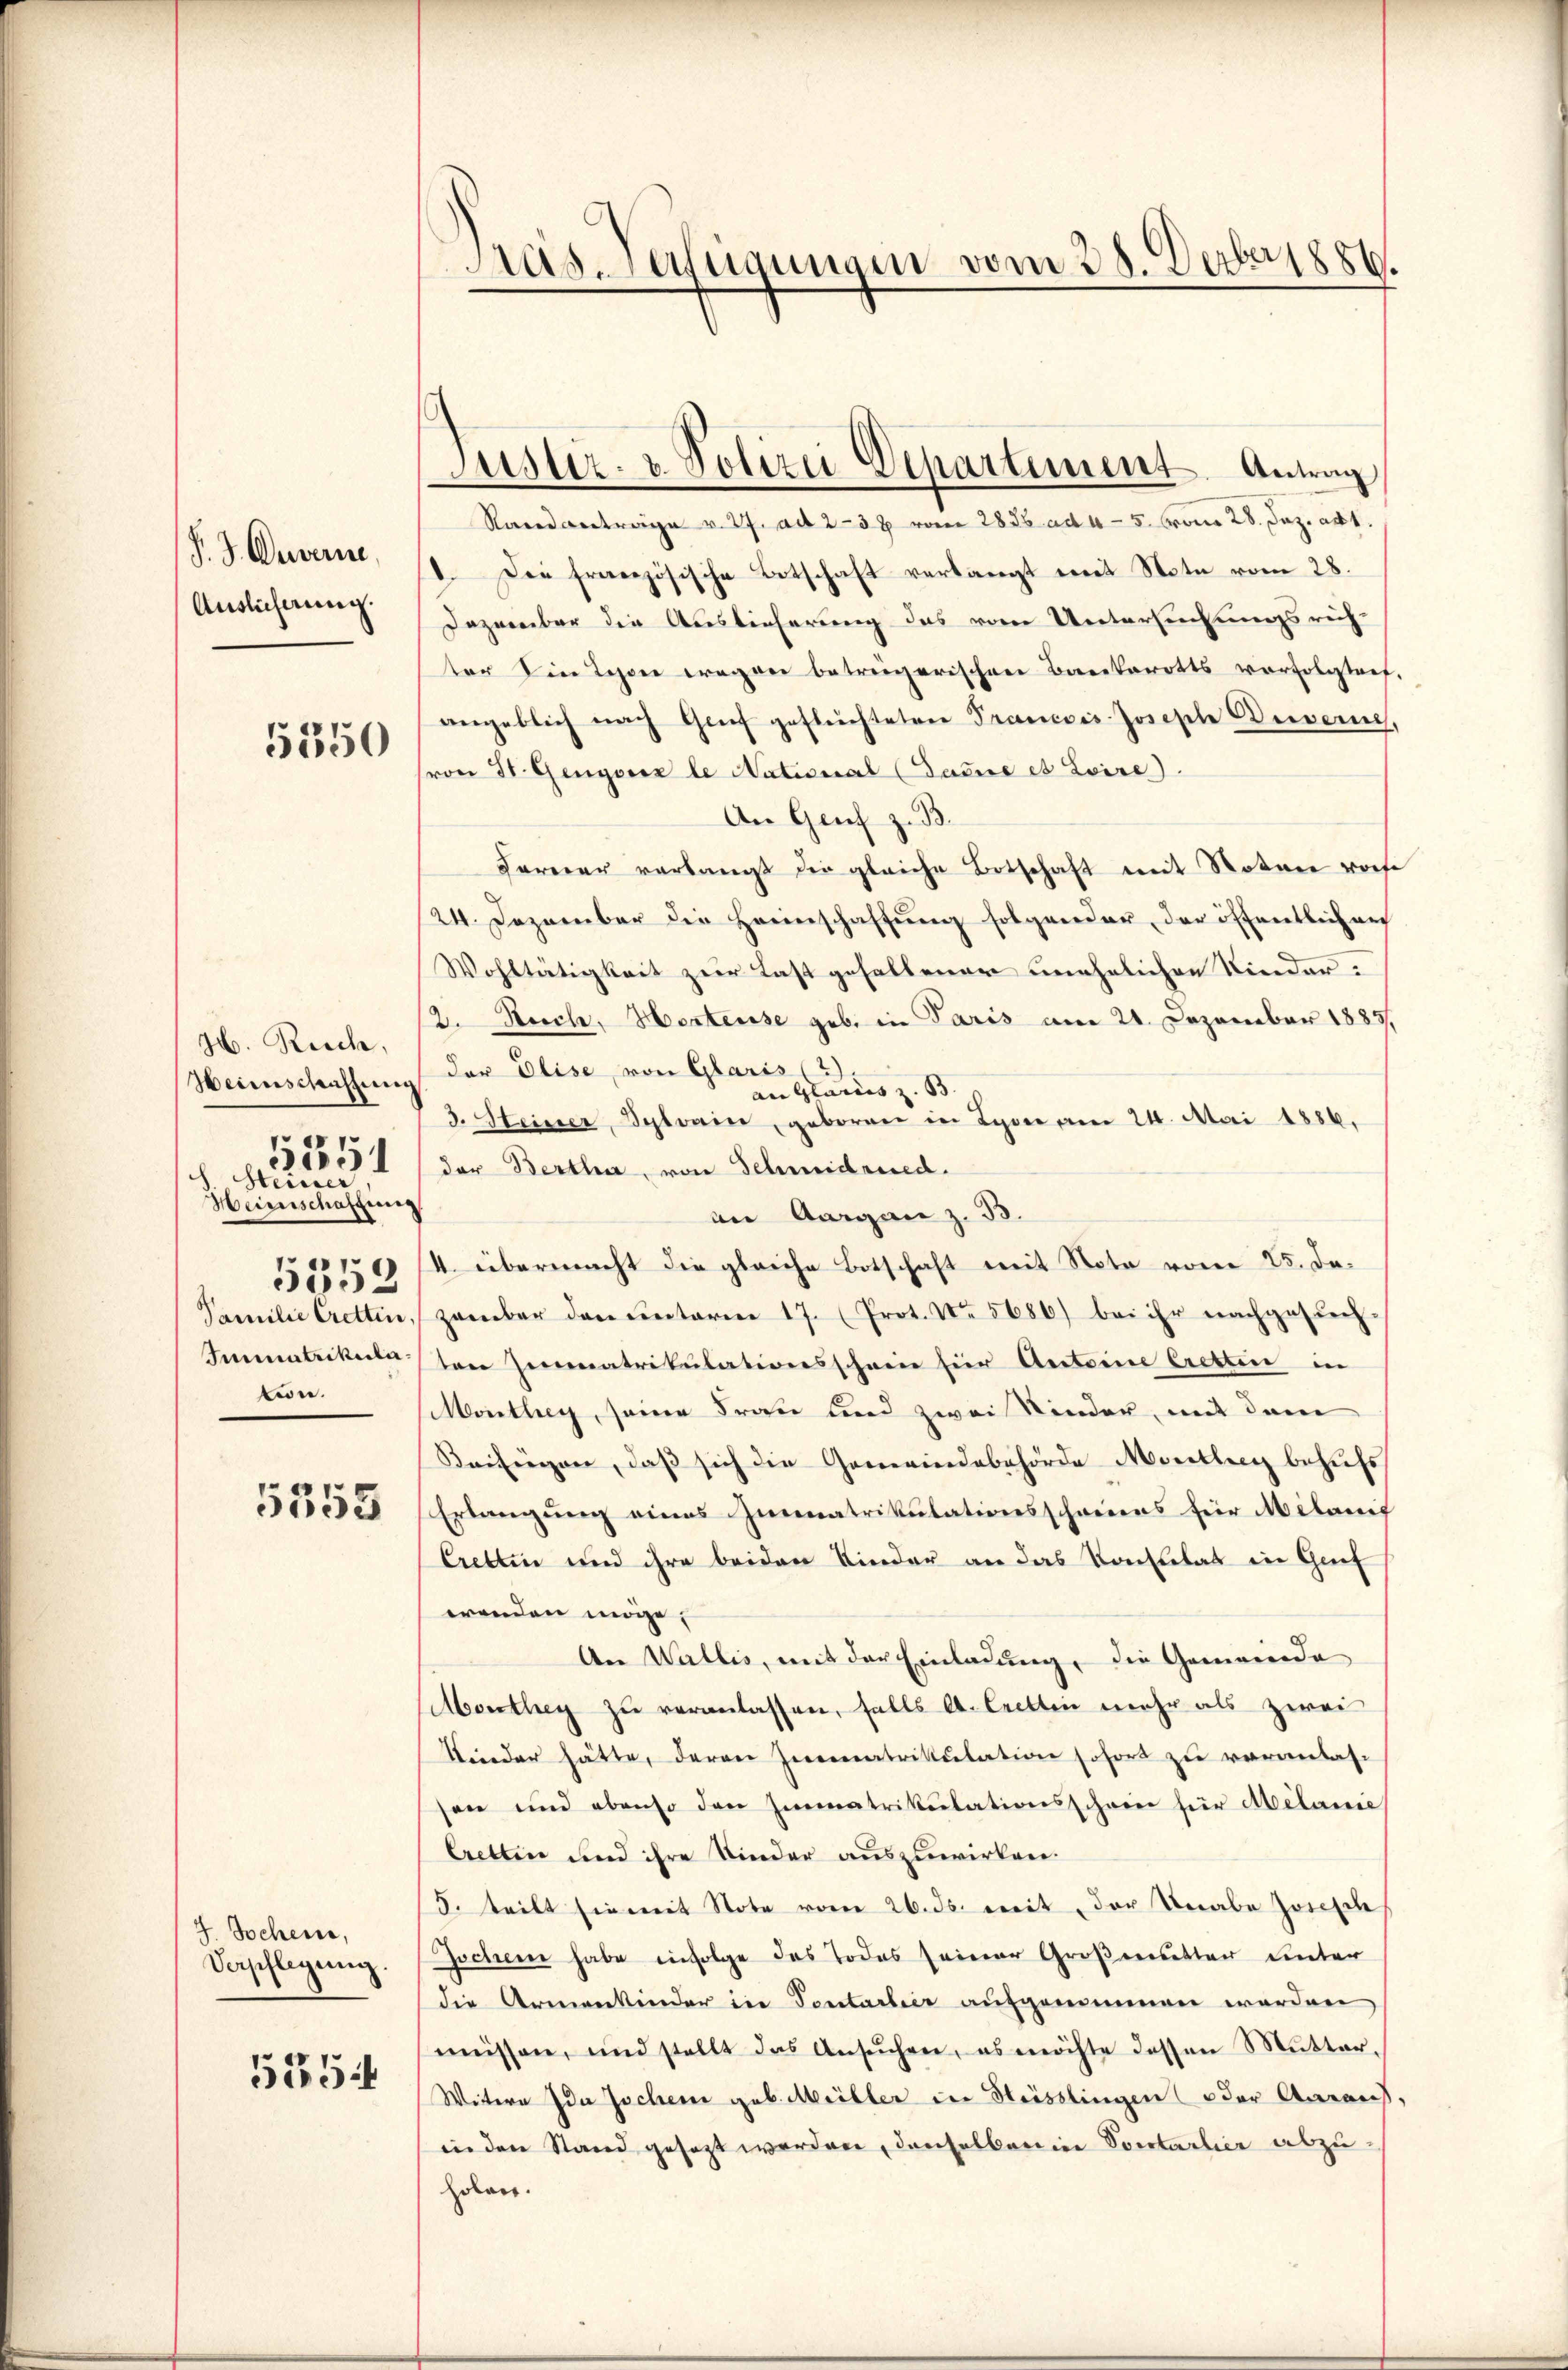
P. J. Ouverne
Auslicherung.

5350

H. Reich,
Heimschaftung
h. Steiner
Heimschaffung
5352
Familie Cretten,
Immatrikula
tion.

1
)1

5355

J. Jochen,
Verpflegŭng.

525

Präs. Verfügungen vom 28. Derber 1886.

Justiz- & Polizei Departement. Antrag

Randantrage v. 27. ad 2-38 vom 2836. ad 4 - 5. vom 28. Dez. ad 1.
1. Die französische Botschaft verlangt mit Note vom 28.
Dezember die Auslieferung das vom Untersuchungsrech-
ter die Lehen wegen betrengarischen Bankerotts vorfolgteef.
angeblich nach Genf geflüchteten Francois Joseph Ouverne,
sron St. Gengerer le National (Tanne et Loire).
An Genf z. B.
Farerer verlangt die gleiche Botschaft mit Notare vorhe
24. Dezember die Heimschaffung folgender, der öffentlich auch
Wohltätigkeit zur Last gehaltener unehelichen Kinder:
2. Reich, Herteise geb. in Paris am 21. Dezember 1885.
der Elise, von Glaris (2)
an Glarus z. B.
3. Steiner, Betrain, geboren in Lyon am 24. Mai 1886.
der Bertha, von Schmidrued.
an Aargau z. B.
4. übermacht die gleiche Botschaft mit Note vom 25. Jazember den unterm 17. (Prot. No. 5686) bei ihr nachgesuch-
ten Immatrikulationsschein hier Antoine Eretten in
Monthey, seine Frau und zwei Kinder, mit dem
Beifügen, daß sich die Generindebehörde Monthey behufs
Erlangung eines Immatrikulationsschreiens für Milanit
Crettin und ihre beiden Kinder an das Konsulat in Genf
wenden möge,
An Wallis, mit der Einladung, die Gemeinde
Monthey zu veranlassen, falls A. Crettin mehr als zwei
Kinder hätte, deren Immatrikulation sofort zu veranlas-
sen und ebenso den Immatrikulationsscheine für Melanie
Cretten und ihre Kinder auszuwirken.
5. teilt sie mit Note vom 26. ds. mit der Unabe Josisch
Jochen habe infolge das Todes seiner Großeretter unter
die Armenkinder in Sontartier aufgenommen werden
missen, und stellt das Ansŭchen, es möchte dessen Mutter¬
Witern Ida Jochen geb. Meiller in Heisslingen (oder Aarauf,
in den Stand gesezt werden, denselben in Sontarlier abzu¬
Holar.